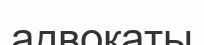
адвокаты